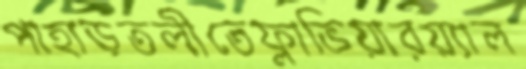
পাহাড়তলীতেফ্লাভিয়ারয়্যাল